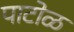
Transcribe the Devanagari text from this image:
पाटोळ